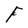
Character: F